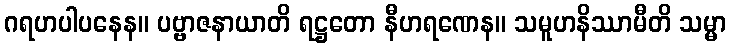
ဂရဟပါပနေန။ ပဗ္ဗာဇနာယာတိ ရဋ္ဌတော နီဟရဏေန။ သမူဟနိဿာမီတိ သမ္မာ